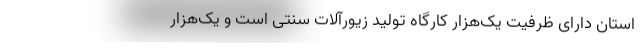
استان دارای ظرفیت یک‌هزار کارگاه تولید زیورآلات سنتی است و یک‌هزار